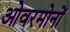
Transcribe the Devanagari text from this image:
ओवरमोनों